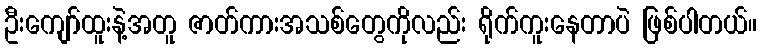
ဦးကျော်ထူးနဲ့အတူ ဇာတ်ကားအသစ်တွေကိုလည်း ရိုက်ကူးနေတာပဲ ဖြစ်ပါတယ်။